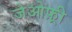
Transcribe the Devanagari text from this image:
जेओफ़्री